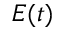
E ( t )